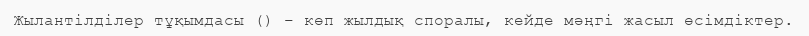
Жылантілділер тұқымдасы () – көп жылдық споралы, кейде мәңгі жасыл өсімдіктер.